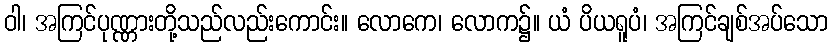
ဝါ၊ အကြင်ပုဏ္ဏားတို့သည်လည်းကောင်း။ လောကေ၊ လောက၌။ ယံ ပိယရူပံ၊ အကြင်ချစ်အပ်သော